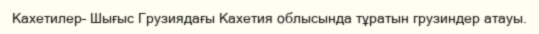
Кахетилер– Шығыс Грузиядағы Кахетия облысында тұратын грузиндер атауы.